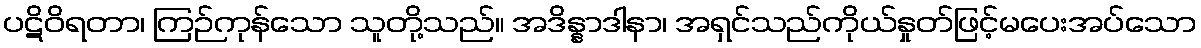
ပဋိဝိရတာ၊ ကြဉ်ကုန်သော သူတို့သည်။ အဒိန္နာဒါနာ၊ အရှင်သည်ကိုယ်နှုတ်ဖြင့်မပေးအပ်သော